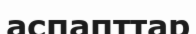
аспапттар